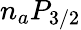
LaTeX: n_{a}P_{3/2}